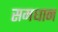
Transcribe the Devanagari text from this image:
समधान